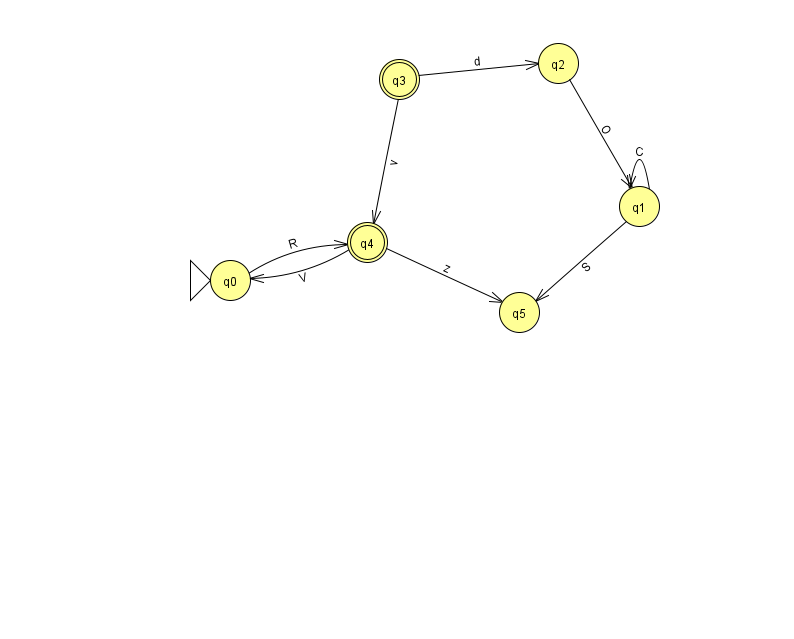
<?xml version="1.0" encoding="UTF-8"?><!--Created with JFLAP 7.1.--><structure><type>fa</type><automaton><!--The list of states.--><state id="0" name="q0"><x>230.0</x><y>267.0</y><initial/></state><state id="1" name="q1"><x>639.0</x><y>193.0</y></state><state id="2" name="q2"><x>558.0</x><y>50.0</y></state><state id="3" name="q3"><x>399.0</x><y>66.0</y><final/></state><state id="4" name="q4"><x>367.0</x><y>229.0</y><final/></state><state id="5" name="q5"><x>519.0</x><y>299.0</y></state><!--The list of transitions.--><transition><from>1</from><to>1</to><read>C</read></transition><transition><from>1</from><to>5</to><read>S</read></transition><transition><from>2</from><to>1</to><read>O</read></transition><transition><from>4</from><to>5</to><read>z</read></transition><transition><from>0</from><to>4</to><read>R</read></transition><transition><from>3</from><to>2</to><read>d</read></transition><transition><from>3</from><to>4</to><read>v</read></transition><transition><from>4</from><to>0</to><read>V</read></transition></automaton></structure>